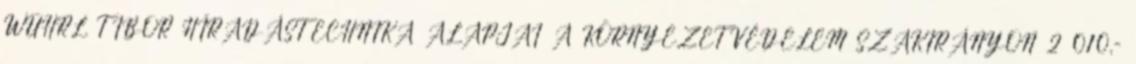
WÜHRL TIBOR HÍRADÁSTECHNIKA ALAPJAI A KÖRNYEZETVÉDELEM SZAKIRÁNYON 2 010,-